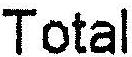
TOTAL